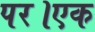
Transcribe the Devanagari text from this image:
पर।एक